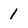
Character: 1